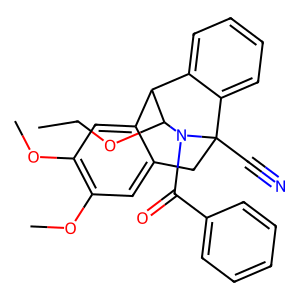
SMILES: CCOC1C2c3cc(OC)c(OC)cc3CC(C#N)(c3ccccc32)N1C(=O)c1ccccc1
Inhibits HIV replication: No